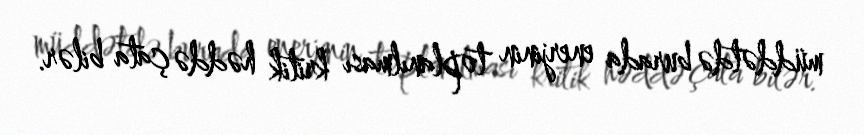
müddətdə burada enerjinin toplanılması kritik həddə çata bilər.